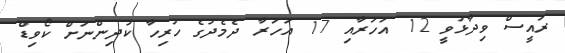
ރައީސް ވިދާޅުވީ 12 އަހަރާއި 17 އަހަރާ ދެމެދުގެ ހުރިހާ ކުދިންނަށް ކޯވިޑް